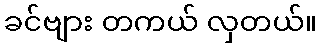
ခင်ဗျား တကယ် လှတယ်။